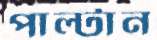
পাল্টান